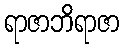
ရာဇာဘိရာဇာ